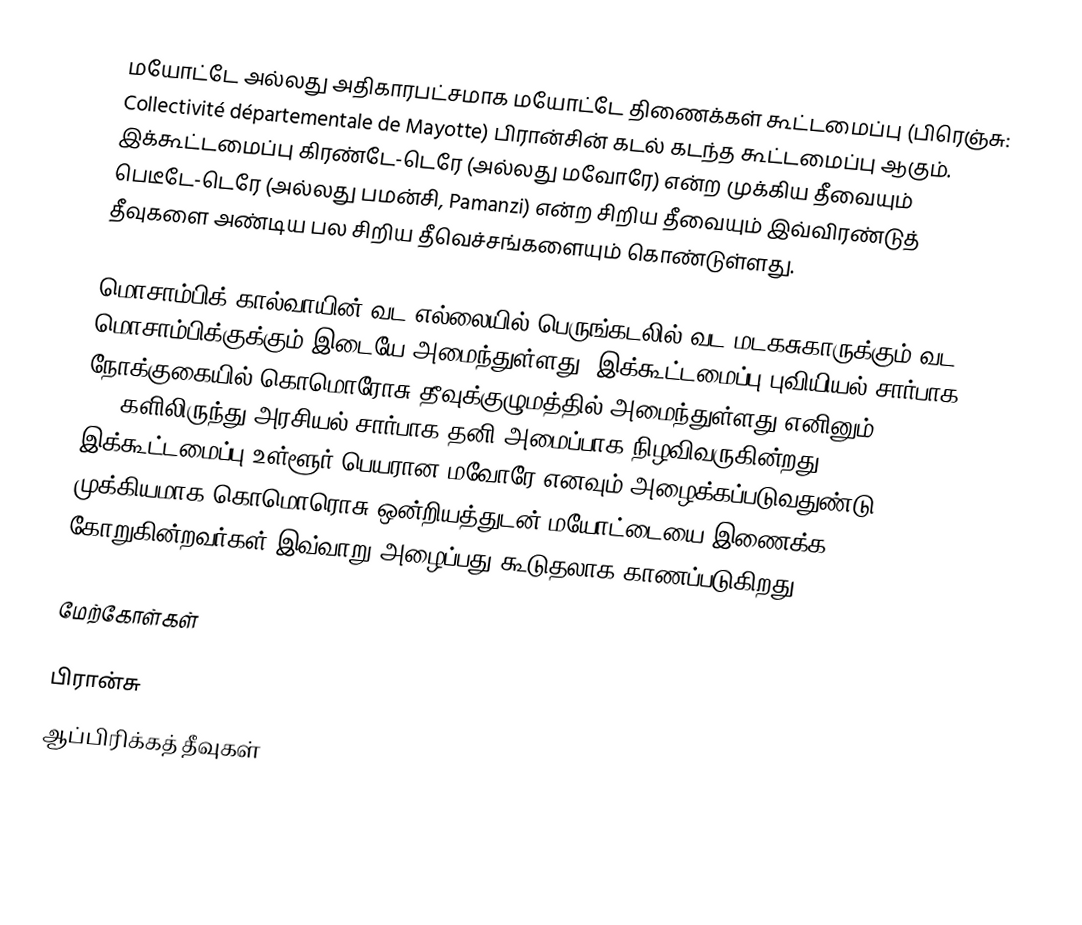
மயோட்டே அல்லது அதிகாரபட்சமாக மயோட்டே திணைக்கள் கூட்டமைப்பு (பிரெஞ்சு: Collectivité départementale de Mayotte) பிரான்சின் கடல் கடந்த கூட்டமைப்பு ஆகும். இக்கூட்டமைப்பு கிரண்டே-டெரே (அல்லது  மவோரே) என்ற முக்கிய தீவையும் பெடீடே-டெரே (அல்லது பமன்சி,  Pamanzi) என்ற சிறிய  தீவையும் இவ்விரண்டுத் தீவுகளை அண்டிய பல சிறிய தீவெச்சங்களையும் கொண்டுள்ளது.

மொசாம்பிக் கால்வாயின் வட எல்லையில் பெருங்கடலில் வட மடகசுகாருக்கும் வட மொசாம்பிக்குக்கும் இடையே அமைந்துள்ளது. இக்கூட்டமைப்பு புவியியல் சார்பாக நோக்குகையில்  கொமொரோசு தீவுக்குழுமத்தில் அமைந்துள்ளது எனினும் 1970களிலிருந்து  அரசியல் சார்பாக தனி அமைப்பாக நிழவிவருகின்றது. இக்கூட்டமைப்பு உள்ளூர் பெயரான மவோரே எனவும் அழைக்கப்படுவதுண்டு முக்கியமாக கொமொரொசு ஒன்றியத்துடன் மயோட்டையை இணைக்க கோறுகின்றவர்கள் இவ்வாறு அழைப்பது கூடுதலாக காணப்படுகிறது.

மேற்கோள்கள்

பிரான்சு
ஆப்பிரிக்கத் தீவுகள்